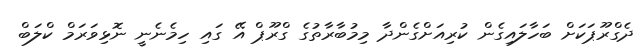
ދެގްރޫޕަކަށް ބަހާލައިގެން ކުރިއަށްގެންދާ މިމުބާރާތުގެ ގްރޫޕް އޭ ގައި ހިމެނެނީ ނޮޅިވަރަމް ކްލަބް